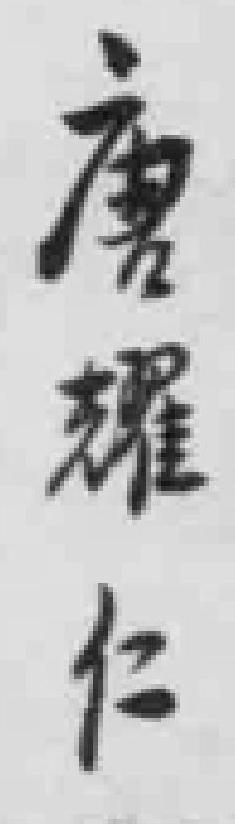
唐耀仁